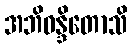
အဘိဝန္ဒိတောသိ